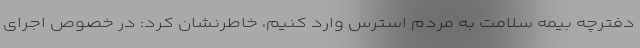
دفترچه بیمه سلامت به مردم استرس وارد کنیم، خاطرنشان کرد: در خصوص اجرای